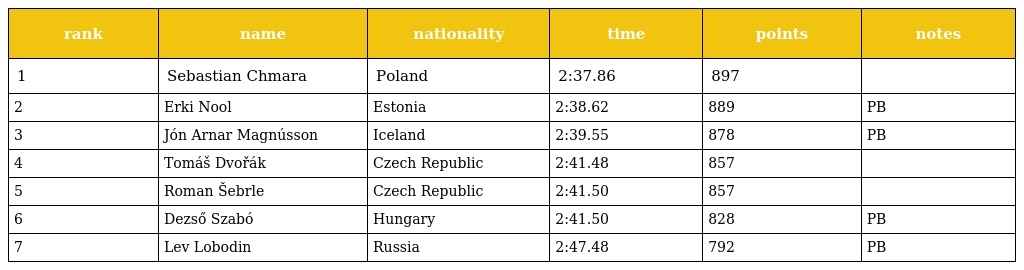
| rank | name | nationality | time | points | notes |
 | --- | --- | --- | --- | --- | --- |
 | 1 | Sebastian Chmara | Poland | 2:37.86 | 897 |  |
 | 2 | Erki Nool | Estonia | 2:38.62 | 889 | PB |
 | 3 | Jón Arnar Magnússon | Iceland | 2:39.55 | 878 | PB |
 | 4 | Tomáš Dvořák | Czech Republic | 2:41.48 | 857 |  |
 | 5 | Roman Šebrle | Czech Republic | 2:41.50 | 857 |  |
 | 6 | Dezső Szabó | Hungary | 2:41.50 | 828 | PB |
 | 7 | Lev Lobodin | Russia | 2:47.48 | 792 | PB |